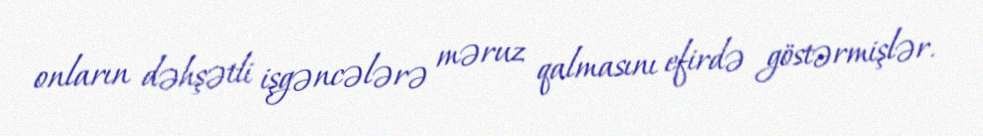
onların dəhşətli işgəncələrə məruz qalmasını efirdə göstərmişlər.